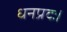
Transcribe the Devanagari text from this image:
धनप्रदः।